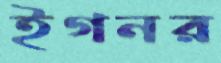
ইগনর